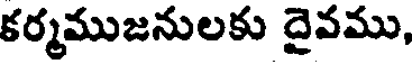
కర్మముజనులకు దైవము,